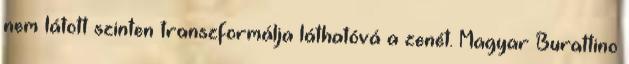
nem látott szinten transzformálja láthatóvá a zenét. Magyar Burattino